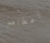
أعطاهم